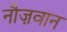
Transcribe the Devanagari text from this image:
नौज़वान